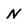
Character: N